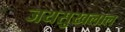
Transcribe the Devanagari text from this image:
जयसुखलाल